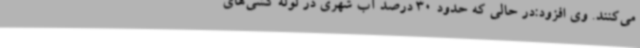
می‌کنند. وی افزود:در حالی که حدود 30 درصد آب شهری در لوله کشی‌های